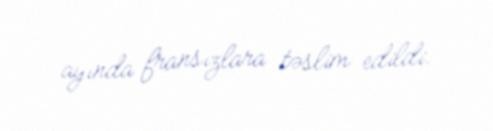
ayında fransızlara təslim edildi.